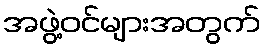
အဖွဲ့ဝင်များအတွက်